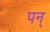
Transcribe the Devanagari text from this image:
पन्